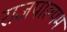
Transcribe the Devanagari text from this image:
राजपाल्यम